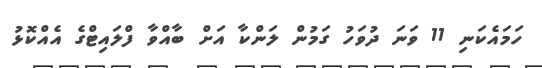
ހަމައެކަނި 11 ވަނަ ދުވަހު ގަމުން ލަންކާ އަށް ބާއްވާ ފްލައިޓްގެ އެއްކޮޅު